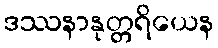
ဒဿနာနုတ္တရိယေန